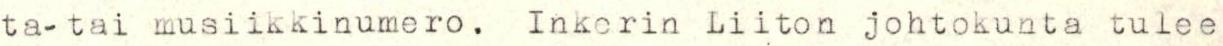
ta- tai musiikkinumero. Inkerin Liiton johtokunta tulee